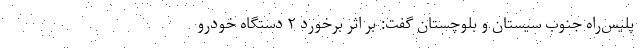
پلیس‌راه جنوب سیستان و بلوچستان گفت: بر اثر برخورد ۲ دستگاه خودرو